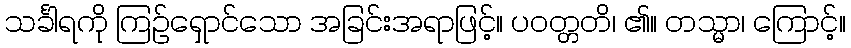
သင်္ခါရကို ကြဉ်ရှောင်သော အခြင်းအရာဖြင့်။ ပဝတ္တတိ၊ ၏။ တသ္မာ၊ ကြောင့်။